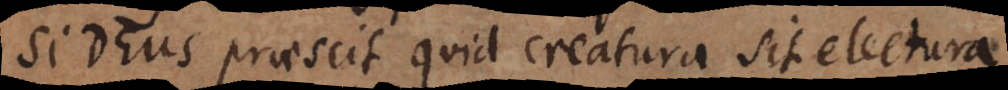
Si Deus praescit quid creatura sit electura[,]